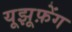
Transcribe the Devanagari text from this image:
यूझूफ़ेंग